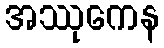
အဿုကေန